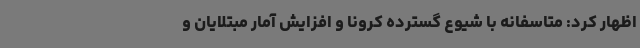
اظهار کرد: متاسفانه با شیوع گسترده کرونا و افزایش آمار مبتلایان و